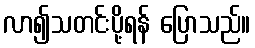
လာ၍သတင်းပို့ရန် ပြောသည်။